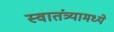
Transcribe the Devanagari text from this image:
स्वातंत्र्यामध्ये